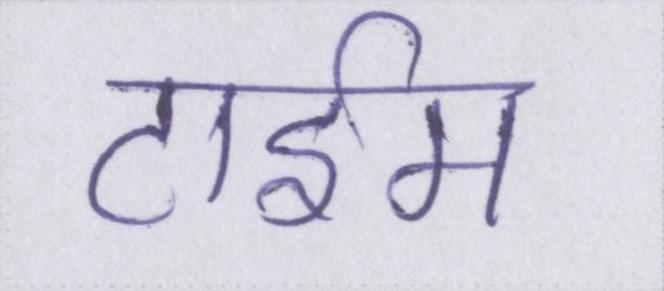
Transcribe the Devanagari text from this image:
टाईम